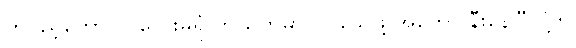
တပည့်တော်။ ။ တွေးမိရုံ ဘယ်ကမှာလဲ၊ သေဖို့ အတော် နီးနေပြီလို့ဘဲ